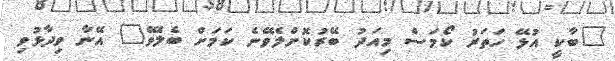
"ބާކީ އުޅޭ ހަތަރު ކޯމަސް މިއަދު ބޭރުކޮށްލެވޭނެ ކަމަށް ބެލެވޭ" އޭނާ ވިދާޅުވި